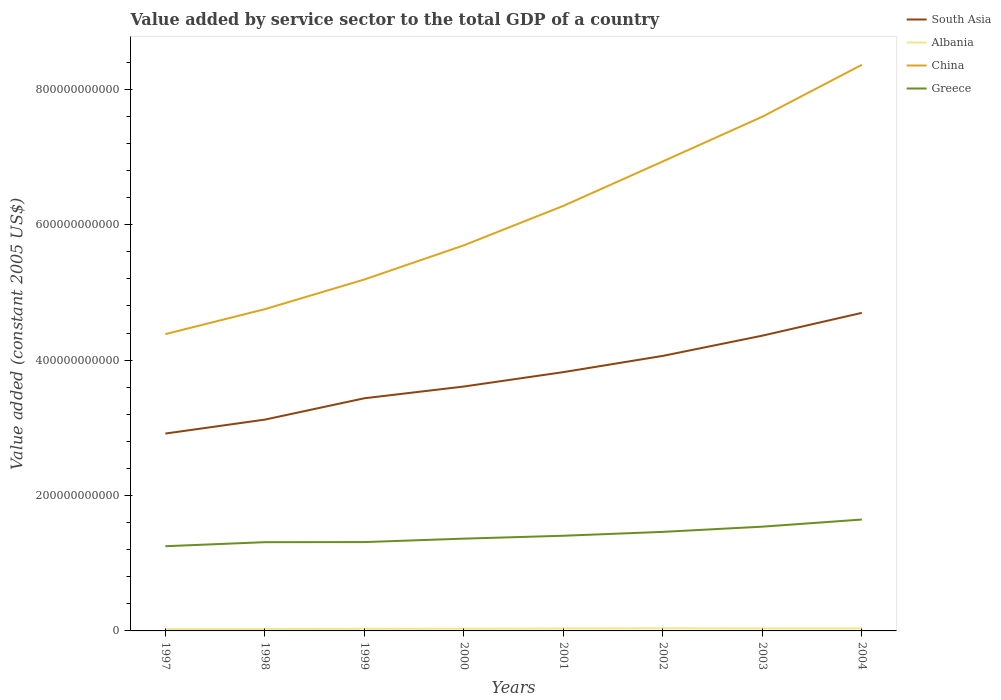
| Years | South Asia | Albania | China | Greece |
 | --- | --- | --- | --- | --- |
 | 1997 | 2.92e+11 | 2.7e+09 | 4.38e+11 | 1.25e+11 |
 | 1998 | 3.12e+11 | 2.73e+09 | 4.75e+11 | 1.31e+11 |
 | 1999 | 3.44e+11 | 3.14e+09 | 5.19e+11 | 1.31e+11 |
 | 2000 | 3.61e+11 | 3.28e+09 | 5.7e+11 | 1.36e+11 |
 | 2001 | 3.82e+11 | 3.59e+09 | 6.28e+11 | 1.41e+11 |
 | 2002 | 4.06e+11 | 3.83e+09 | 6.93e+11 | 1.46e+11 |
 | 2003 | 4.36e+11 | 3.63e+09 | 7.6e+11 | 1.54e+11 |
 | 2004 | 4.7e+11 | 3.64e+09 | 8.36e+11 | 1.65e+11 |